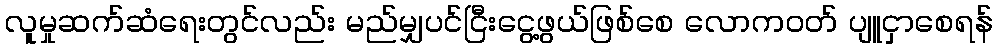
လူမှုဆက်ဆံရေးတွင်လည်း မည်မျှပင်ငြီးငွေ့ဖွယ်ဖြစ်စေ လောကဝတ် ပျူငှာစေရန်